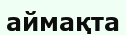
аймақта